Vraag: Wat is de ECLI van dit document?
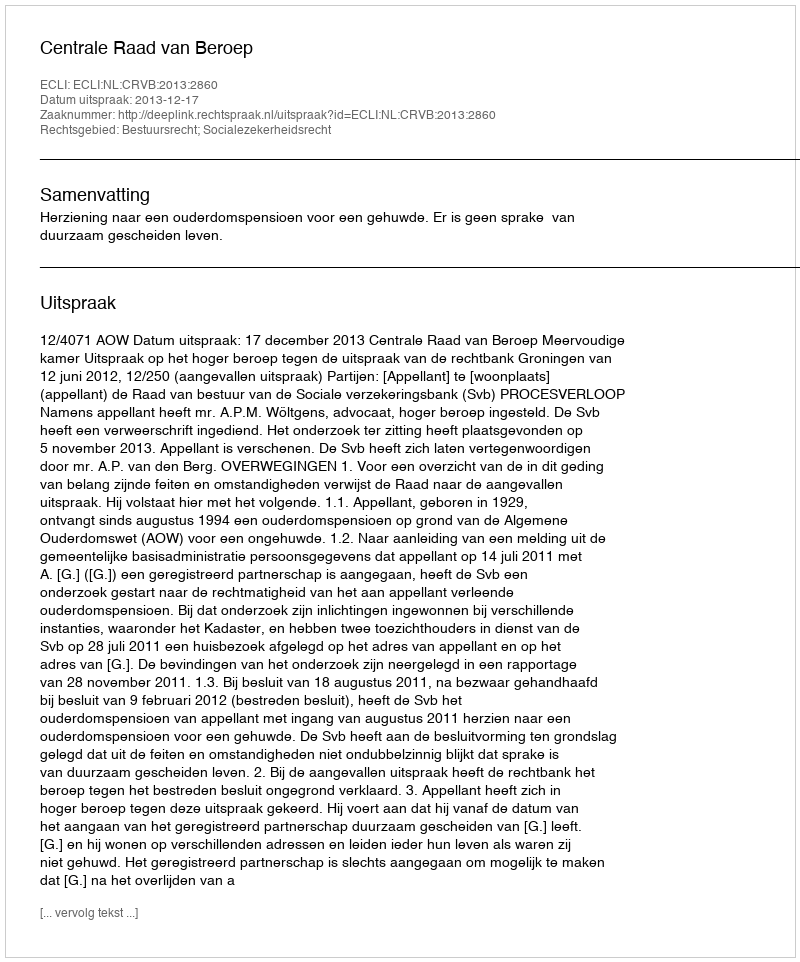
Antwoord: ECLI:NL:CRVB:2013:2860